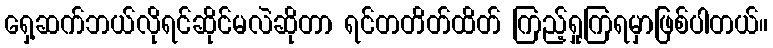
ရှေ့ဆက်ဘယ်လိုရင်ဆိုင်မလဲဆိုတာ ရင်တတိတ်ထိတ် ကြည့်ရှုကြရမှာဖြစ်ပါတယ်။